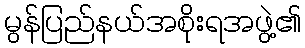
မွန်ပြည်နယ်အစိုးရအဖွဲ့၏